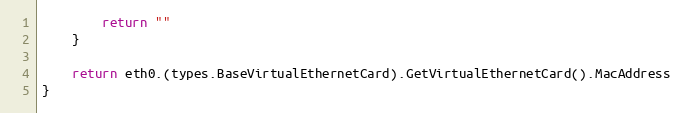
Language: Go
		return ""
	}

	return eth0.(types.BaseVirtualEthernetCard).GetVirtualEthernetCard().MacAddress
}